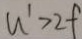
u ^ { \prime } > 2 f